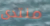
منتدى